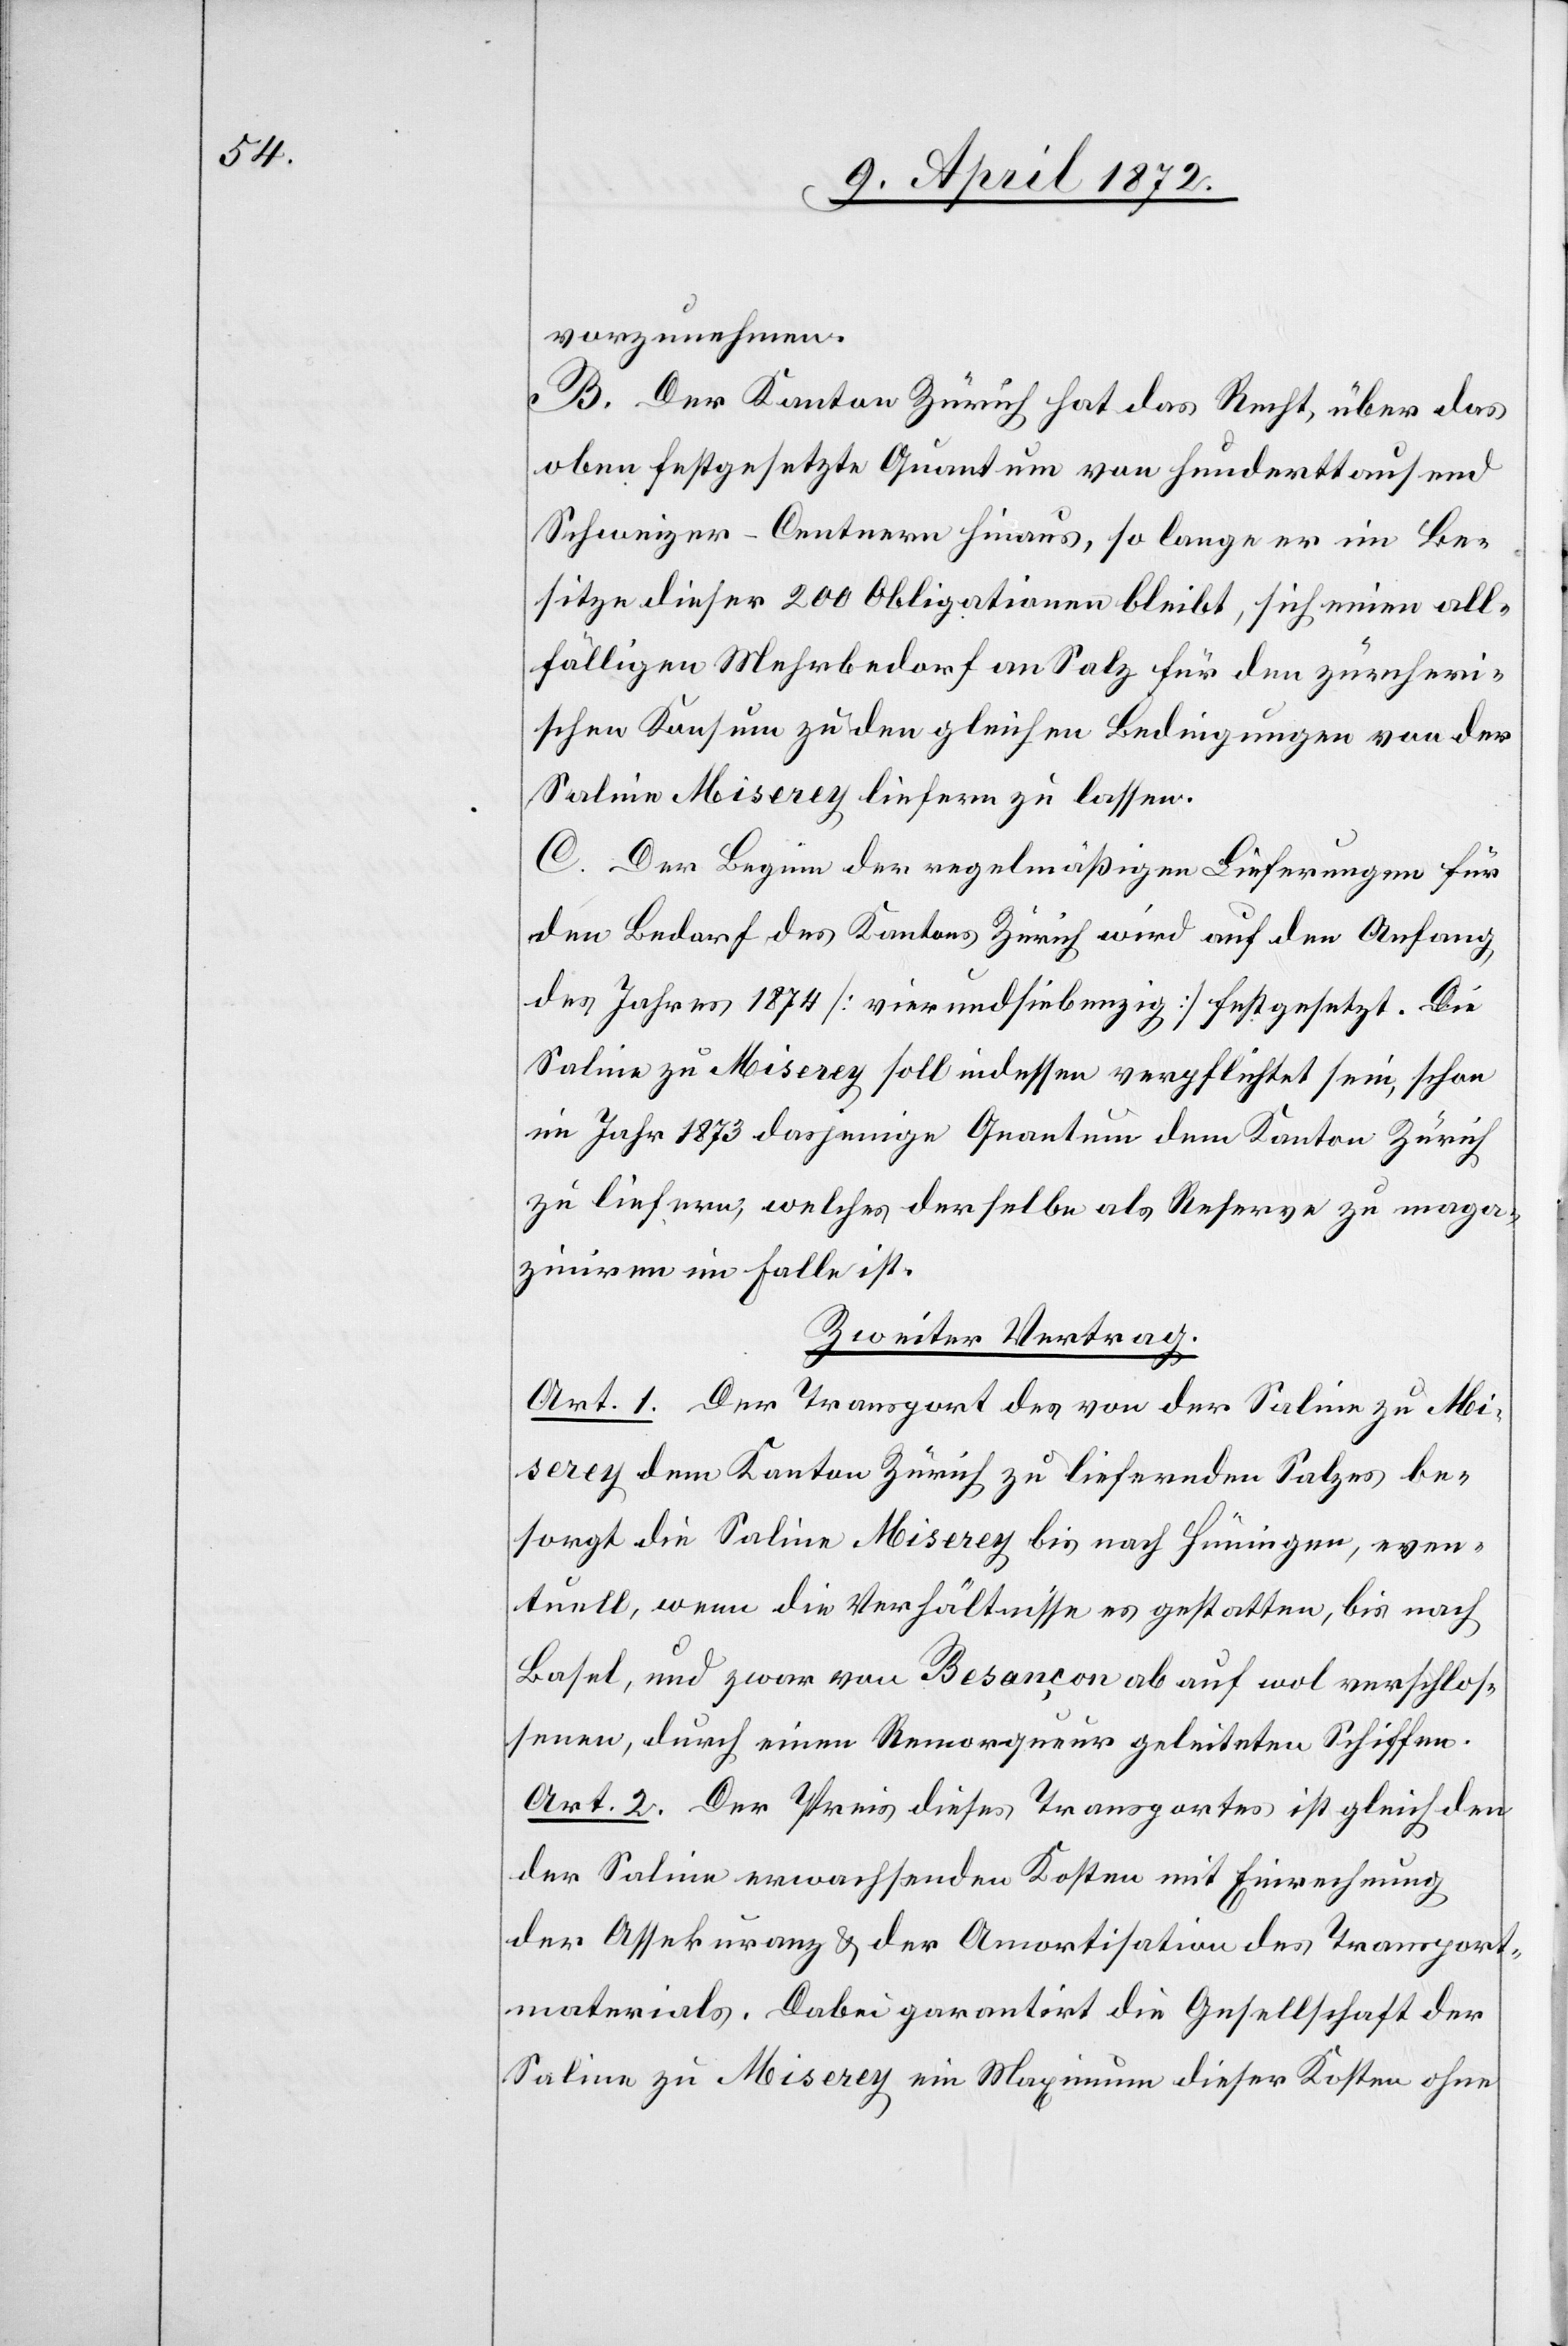
vorzunehmen.
B. Der Kanton Zürich hat das Recht, über das
oben festgesetzte Quantum von hunderttausend
Schweizer-Centnern hinaus, so lange er im Be¬
sitze dieser 200 Obligationen bleibt, sich einen all¬
fälligen Mehrbedarf an Salz für den zürcheri¬
schen Konsum zu den gleichen Bedingungen von der
Saline Miserey liefern zu lassen.
C. Der Beginn der regelmäßigen Lieferungen für
den Bedarf des Kantons Zürich wird auf den Anfang
des Jahres 1874 [vierundsiebzig] festgesetzt. Die
Saline zu Miserey soll indessen verpflichtet sein, schon
im Jahr 1873 dasjenige Quantum dem Kanton Zürich
zu liefern, welches derselbe als Reserve zu maga¬
ziniren im Falle ist.
Zweiter Vertrag.
Art. 1. Der Transport des von der Saline zu Mi¬
serey dem Kanton Zürich zu liefernden Salzes be¬
sorgt die Saline Miserey bis nach Hüningen, even¬
tuell, wenn die Verhältnisse es gestatten, bis nach
Basel, und zwar von Besançon ab auf wol verschlos¬
senen, durch einen Remorqueur geleiteten Schiffen.
Art. 2. Der Preis dieses Transportes ist gleich den
der Saline erwachsenden Kosten mit Einrechnung
der Assekuranz u. der Amortisation des Transport¬
materials. Dabei garantirt die Gesellschaft der
Saline zu Miserey ein Maximum dieser Kosten ohne